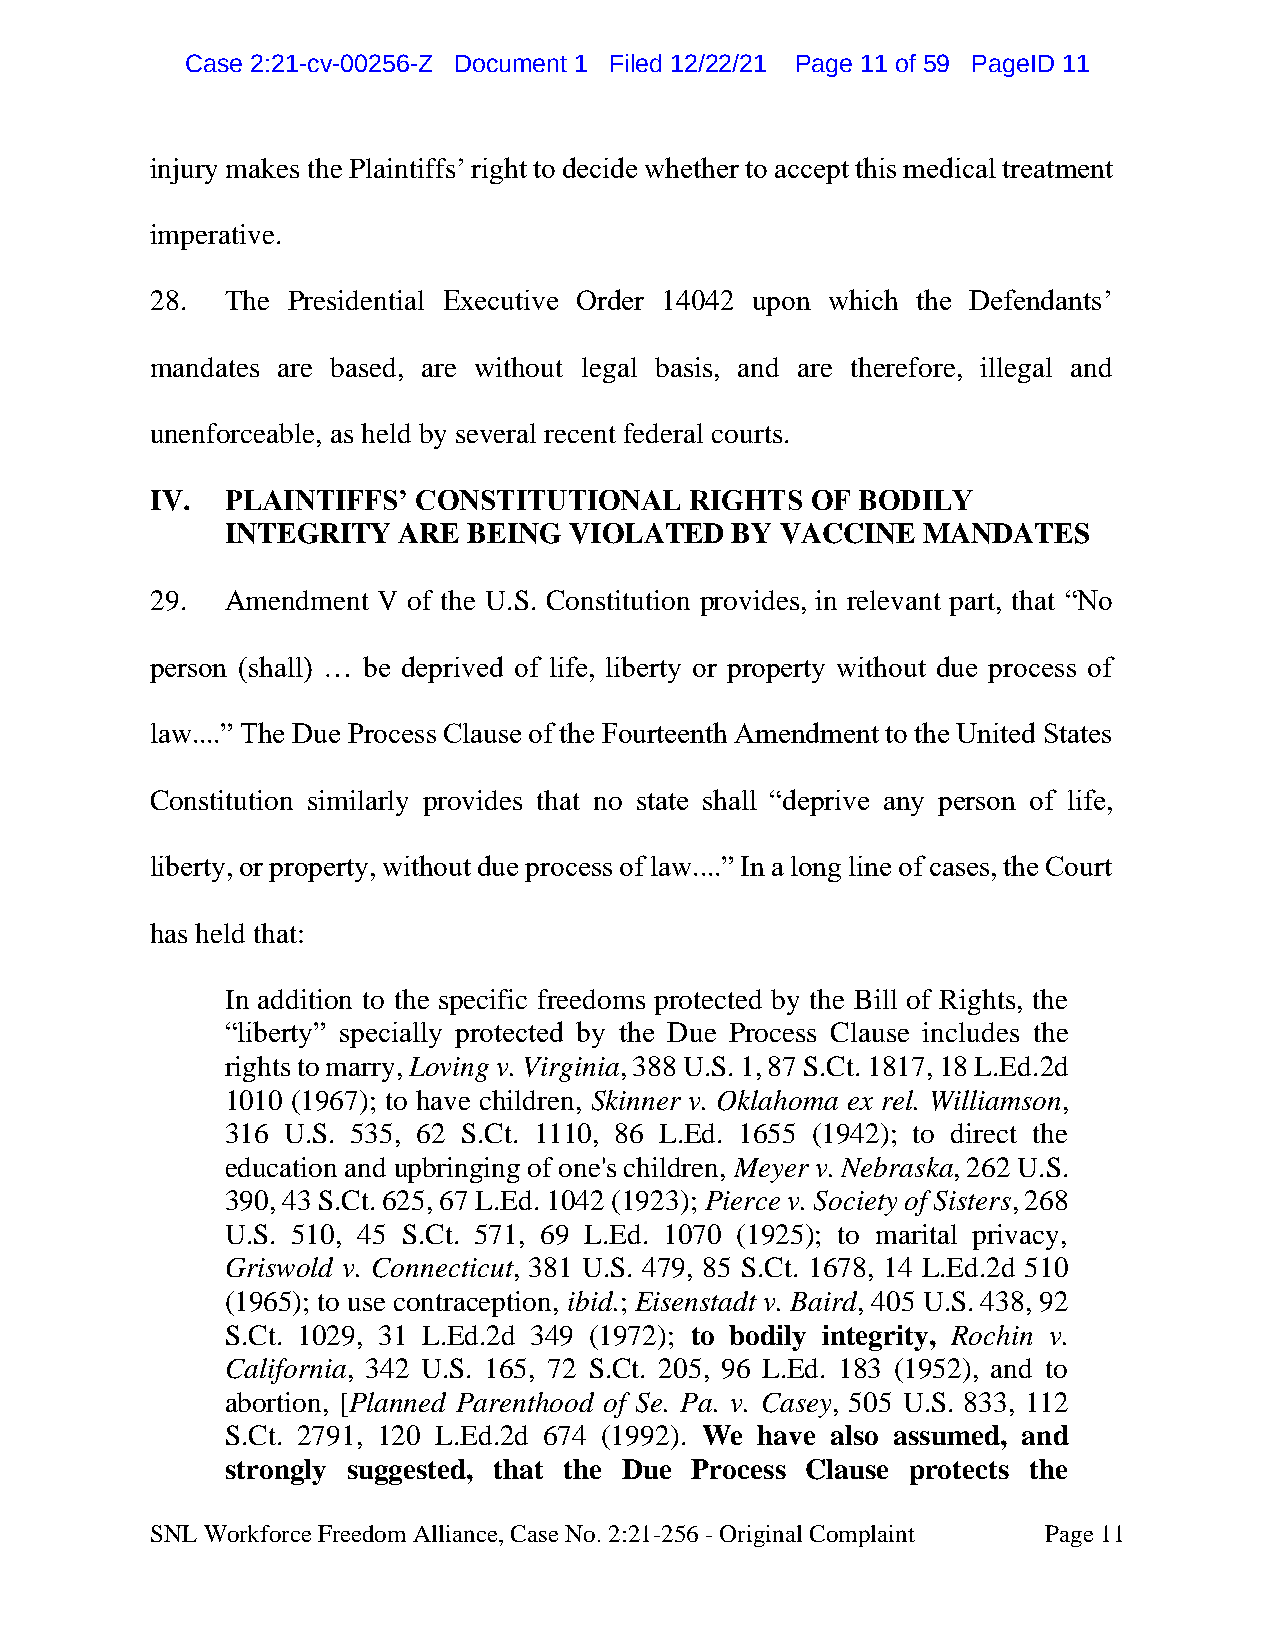
CCaassee 22::2211--ccvv--0000225566--ZZ DDooccuummeenntt 11 FFiilleedd 1122//2222//2211 PPaaggee 1111 ooff 5599 PPaaggeeIIDD 1111
 injury makes the Plaintiffs’ right to decide whether to accept this medical treatment
 imperative.
 28.  The Presidential Executive Order 14042 upon which the Defendants’
 mandates are based, are without legal basis, and are therefore, illegal and
 unenforceable, as held by several recent federal courts.
 IV.  PLAINTIFFS’ CONSTITUTIONAL     RIGHTS  OF BODILY
 INTEGRITY  ARE  BEING  VIOLATED  BY  VACCINE  MANDATES
 29.  Amendment V of the U.S. Constitution provides, in relevant part, that “No
 person (shall) … be deprived of life, liberty or property without due process of
 law....” The Due Process Clause of the Fourteenth Amendment to the United States
 Constitution similarly provides that no state shall “deprive any person of life,
 liberty, or property, without due process of law....” In a long line of cases, the Court
 has held that:
 In addition to the specific freedoms protected by the Bill of Rights, the
 “liberty” specially protected by the Due Process Clause includes the
 rights to marry, Loving v. Virginia, 388 U.S. 1, 87 S.Ct. 1817, 18 L.Ed.2d
 1010 (1967); to have children, Skinner v. Oklahoma ex rel. Williamson,
 316 U.S. 535, 62 S.Ct. 1110, 86 L.Ed. 1655 (1942); to direct the
 education and upbringing of one's children, Meyer v. Nebraska, 262 U.S.
 390, 43 S.Ct. 625, 67 L.Ed. 1042 (1923); Pierce v. Society of Sisters, 268
 U.S. 510, 45 S.Ct. 571, 69 L.Ed. 1070 (1925); to marital privacy,
 Griswold v. Connecticut, 381 U.S. 479, 85 S.Ct. 1678, 14 L.Ed.2d 510
 (1965); to use contraception, ibid.; Eisenstadt v. Baird, 405 U.S. 438, 92
 S.Ct. 1029, 31 L.Ed.2d 349 (1972); to bodily integrity, Rochin v.
 California, 342 U.S. 165, 72 S.Ct. 205, 96 L.Ed. 183 (1952), and to
 abortion, [Planned Parenthood of Se. Pa. v. Casey, 505 U.S. 833, 112
 S.Ct. 2791, 120 L.Ed.2d 674 (1992). We have also assumed, and
 strongly suggested, that the Due Process Clause protects the
 SNL Workforce Freedom Alliance, Case No. 2:21-256 - Original Complaint Page 11